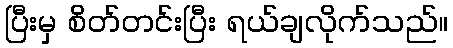
ပြီးမှ စိတ်တင်းပြီး ရယ်ချလိုက်သည်။